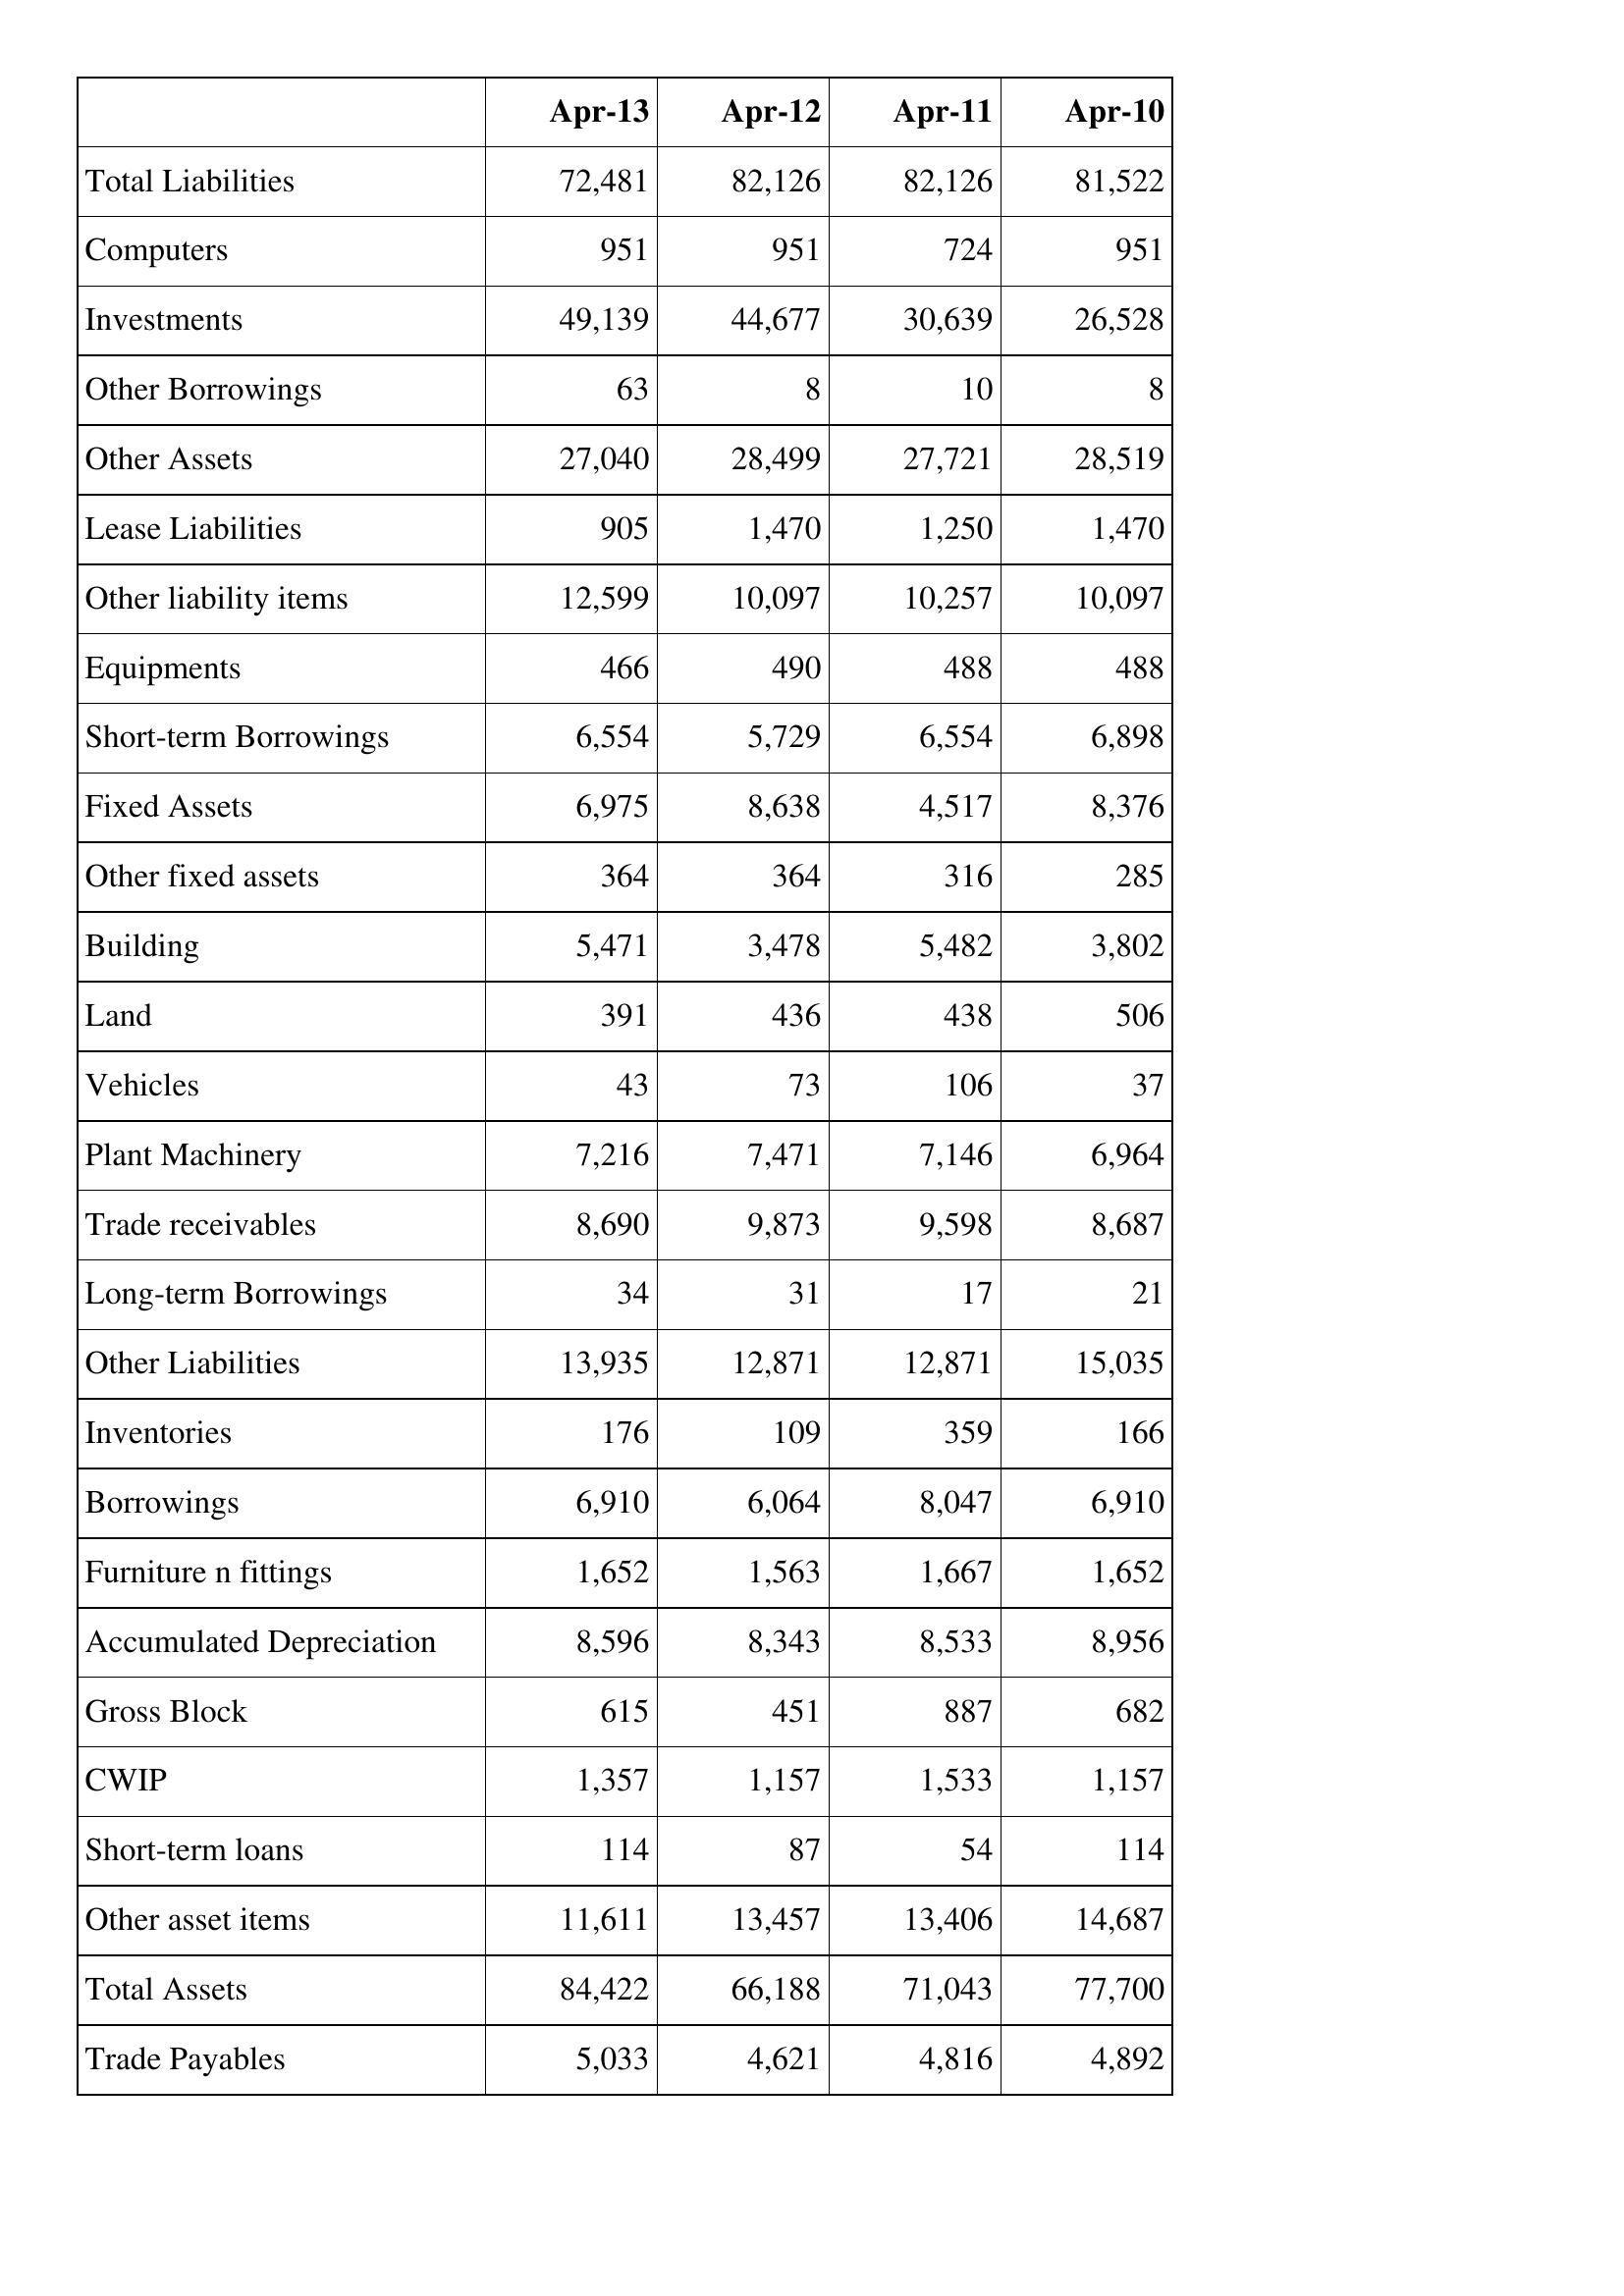
Apr-13: Balance Sheet: Total Liabilities: 72,481
Computers: 951
Investments: 49,139
Other Borrowings: 63
Other Assets: 27,040
Lease Liabilities: 905
Other liability items: 12,599
Equipments: 466
Short-term Borrowings: 6,554
Fixed Assets: 6,975
Other fixed assets: 364
Building: 5,471
Land: 391
Vehicles: 43
Plant Machinery: 7,216
Trade receivables: 8,690
Long-term Borrowings: 34
Other Liabilities: 13,935
Inventories: 176
Borrowings: 6,910
Furniture n fittings: 1,652
Accumulated Depreciation: 8,596
Gross Block: 615
CWIP: 1,357
Short-term loans: 114
Other asset items: 11,611
Total Assets: 84,422
Trade Payables: 5,033
Apr-12: Balance Sheet: Total Liabilities: 82,126
Computers: 951
Investments: 44,677
Other Borrowings: 8
Other Assets: 28,499
Lease Liabilities: 1,470
Other liability items: 10,097
Equipments: 490
Short-term Borrowings: 5,729
Fixed Assets: 8,638
Other fixed assets: 364
Building: 3,478
Land: 436
Vehicles: 73
Plant Machinery: 7,471
Trade receivables: 9,873
Long-term Borrowings: 31
Other Liabilities: 12,871
Inventories: 109
Borrowings: 6,064
Furniture n fittings: 1,563
Accumulated Depreciation: 8,343
Gross Block: 451
CWIP: 1,157
Short-term loans: 87
Other asset items: 13,457
Total Assets: 66,188
Trade Payables: 4,621
Apr-11: Balance Sheet: Total Liabilities: 82,126
Computers: 724
Investments: 30,639
Other Borrowings: 10
Other Assets: 27,721
Lease Liabilities: 1,250
Other liability items: 10,257
Equipments: 488
Short-term Borrowings: 6,554
Fixed Assets: 4,517
Other fixed assets: 316
Building: 5,482
Land: 438
Vehicles: 106
Plant Machinery: 7,146
Trade receivables: 9,598
Long-term Borrowings: 17
Other Liabilities: 12,871
Inventories: 359
Borrowings: 8,047
Furniture n fittings: 1,667
Accumulated Depreciation: 8,533
Gross Block: 887
CWIP: 1,533
Short-term loans: 54
Other asset items: 13,406
Total Assets: 71,043
Trade Payables: 4,816
Apr-10: Balance Sheet: Total Liabilities: 81,522
Computers: 951
Investments: 26,528
Other Borrowings: 8
Other Assets: 28,519
Lease Liabilities: 1,470
Other liability items: 10,097
Equipments: 488
Short-term Borrowings: 6,898
Fixed Assets: 8,376
Other fixed assets: 285
Building: 3,802
Land: 506
Vehicles: 37
Plant Machinery: 6,964
Trade receivables: 8,687
Long-term Borrowings: 21
Other Liabilities: 15,035
Inventories: 166
Borrowings: 6,910
Furniture n fittings: 1,652
Accumulated Depreciation: 8,956
Gross Block: 682
CWIP: 1,157
Short-term loans: 114
Other asset items: 14,687
Total Assets: 77,700
Trade Payables: 4,892